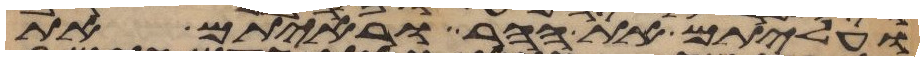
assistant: ועליתם את ההר וראיתם את